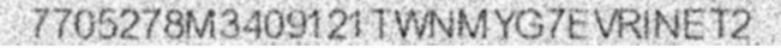
7705278M3409121TWNMYG7EVRINET2